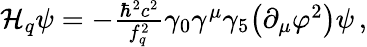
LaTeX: \begin{array}{r}{\mathcal{H}_{q}\psi=-\frac{\hbar^{2}c^{2}}{f_{q}^{2}}\gamma_{0}\gamma^{\mu}\gamma_{5}{\left(\partial_{\mu}\varphi^{2}\right)}\psi\, ,}\end{array}